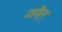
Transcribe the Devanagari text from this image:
रक्षोंहन्